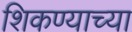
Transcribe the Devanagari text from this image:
शिकण्याच्‍या